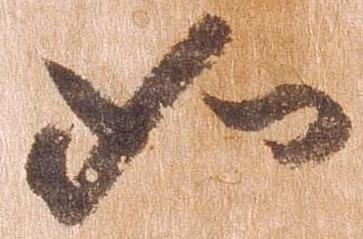
如